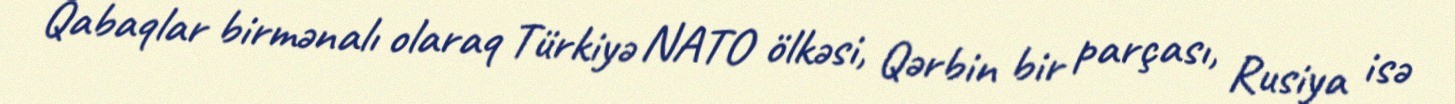
Qabaqlar birmənalı olaraq Türkiyə NATO ölkəsi, Qərbin bir parçası, Rusiya isə